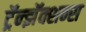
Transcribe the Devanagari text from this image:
ट्रॅन्झॅक्शन्स